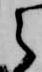
之